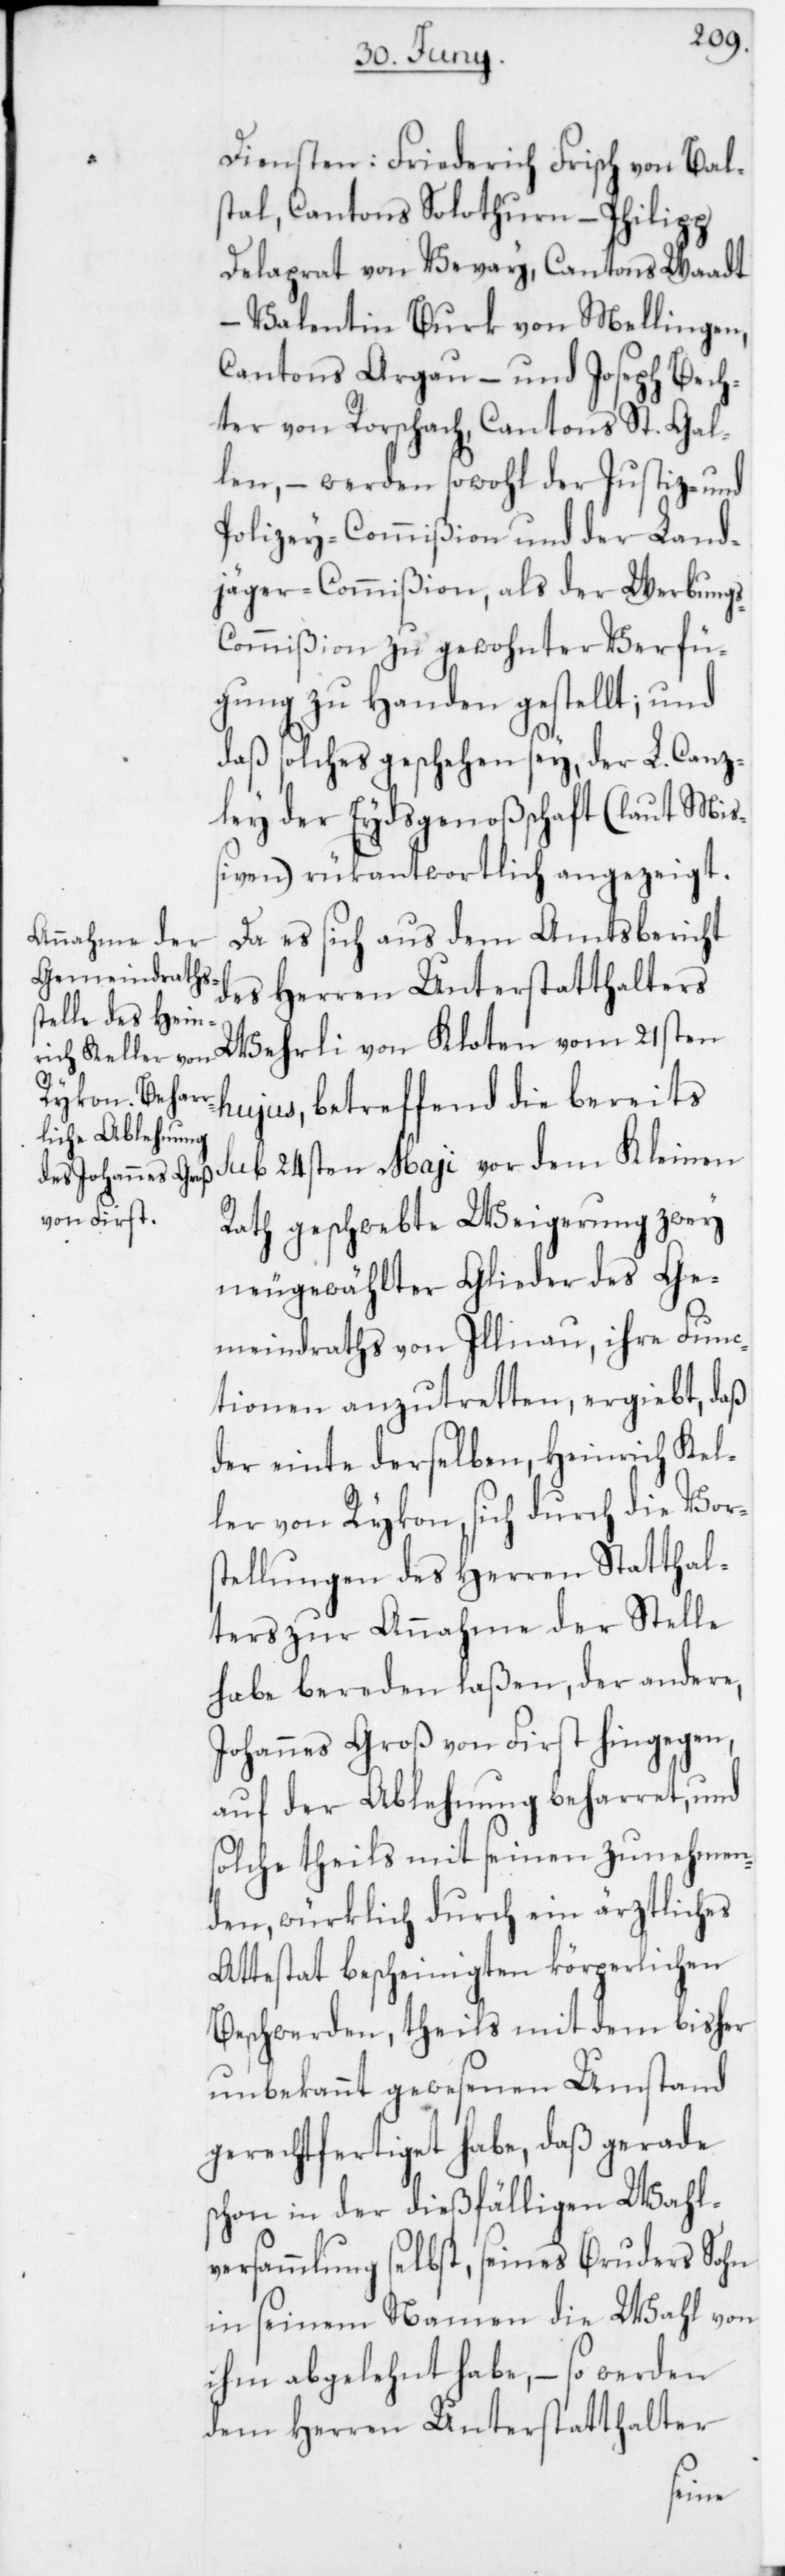
Diensten: Friederich Frisch von Bal¬
stal, Cantons Solothurn, – Philipp
Delagrat von Vevay, Cantons Waadt,
– Valentin Burk von Mellingen,
Cantons Argau, – und Joseph Bech¬
ter von Rorschach, Cantons St. Gal¬
len, – werden sowohl der Justiz- und
Polizey-Commißion und der Land¬
jäger-Commißion, als der Werbung¬
ommißion zu gewohnter Verfü¬
gung zu Handen gestellt; und
daß solches geschehen sey, der L. Canz¬
ley der Eydsgenoßenschaft (laut Miß¬
iven) rükantwortlich angezeigt.
Da es sich aus dem Amtsbericht
des Herren Unterstatthalters
Wehrli von Kloten vom 21sten
hujus, betreffend die bereits
sub 24sten May vor dem Kleinen
Rath geschwebte Weigerung zwey
neugewählter Glieder des Ge¬
meindraths von Illnau, ihre Func¬
tionen anzutretten ergiebt, daß
der einte derselben, Heinrich Kel¬
ler von Rykon, sich durch die Vors¬
tellungen des Herren Statthal¬
ters zur Annahme der Stelle
habe bereden laßen; der andere,
Johannes Groß von First hingegen,
auf der Ablehnung beharret, und
solche theils mit seinen zunehmen¬
den, würklich durch ein ärztliches
Attestat bescheinigten körperlichen
Beschwerden, theils mit dem bisher
unbekannt gewesenen Umstand
gerechtfertiget habe, daß gerade
schon in der dießfälligen Wahl¬
versammlung selbst, seines Bruders Sohn
in seinem Namen die Wahl von
ihm abgelehnt habe, – so werden
dem Herren Unterstatthalter
s-C¬